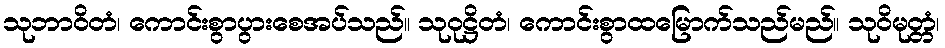
သုဘာဝိတံ၊ ကောင်းစွာပွားစေအပ်သည်။ သုဝုဋ္ဌိတံ၊ ကောင်းစွာထမြောက်သည်မည်။ သုဝိမုတ္တံ၊